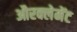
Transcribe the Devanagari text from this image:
औरक्लेमेंट